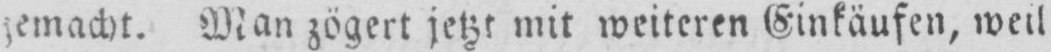
Man zögert jetzt mit weiteren Einkäufen, weil